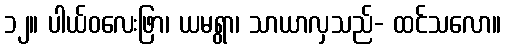
၁၂။ ပါယ်ဝလေးဖြာ၊ ယမရွာ၊ သာယာလှသည်- ထင်သလော။